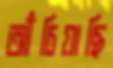
আঁচিয়াছি